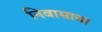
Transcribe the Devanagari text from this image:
निवासाचा